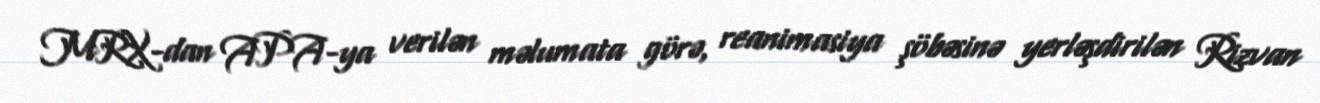
MRX-dan APA-ya verilən məlumata görə, reanimasiya şöbəsinə yerləşdirilən Rizvan